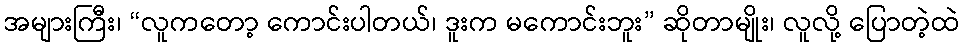
အများကြီး၊ “လူကတော့ ကောင်းပါတယ်၊ ဒူးက မကောင်းဘူး” ဆိုတာမျိုး၊ လူလို့ ပြောတဲ့ထဲ